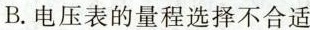
B.电压表的量程选择不合适